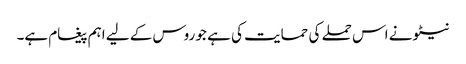
نیٹو نے اس حملے کی حمایت کی ہے جو روس کے لیے اہم پیغام ہے۔